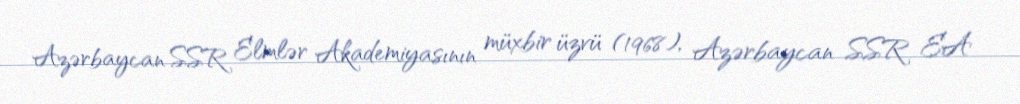
Azərbaycan SSR Elmlər Akademiyasının müxbir üzvü (1968), Azərbaycan SSR EA